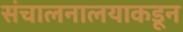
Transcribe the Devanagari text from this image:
संचालनालयाकडून